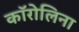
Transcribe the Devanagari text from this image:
काॅरोलिना